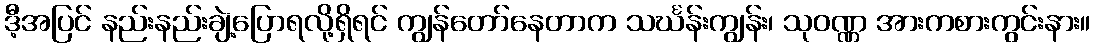
ဒီ့အပြင် နည်းနည်းချဲ့ပြောရလို့ရှိရင် ကျွန်တော်နေတာက သင်္ဃန်းကျွန်း၊ သုဝဏ္ဏ အားကစားကွင်းနား။